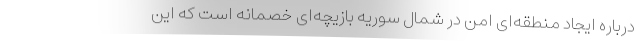
درباره ایجاد منطقه‌ای امن در شمال سوریه بازیچه‌‌ای خصمانه است که این